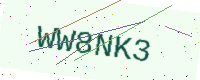
Text: WW8NK3